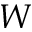
W